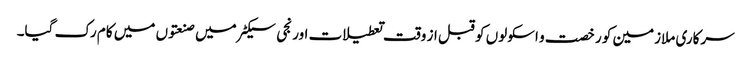
سرکاری ملازمین کو رخصت و اسکولوں کو قبل از وقت تعطیلات اور نجی سیکٹر میں صنعتوں میں کام رک گیا۔